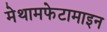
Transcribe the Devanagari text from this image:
मेथामफेटामाइन